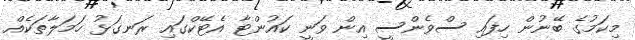
މިކަމުގެ ބޭނުން ހިފައި ސްވެންސީ އިން ވަނީ ކައުންޓާ އެޓޭކްގައި ރަނގަޅު ހަމަލާތަކެއް